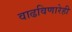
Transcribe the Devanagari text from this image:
वाढविणारेही